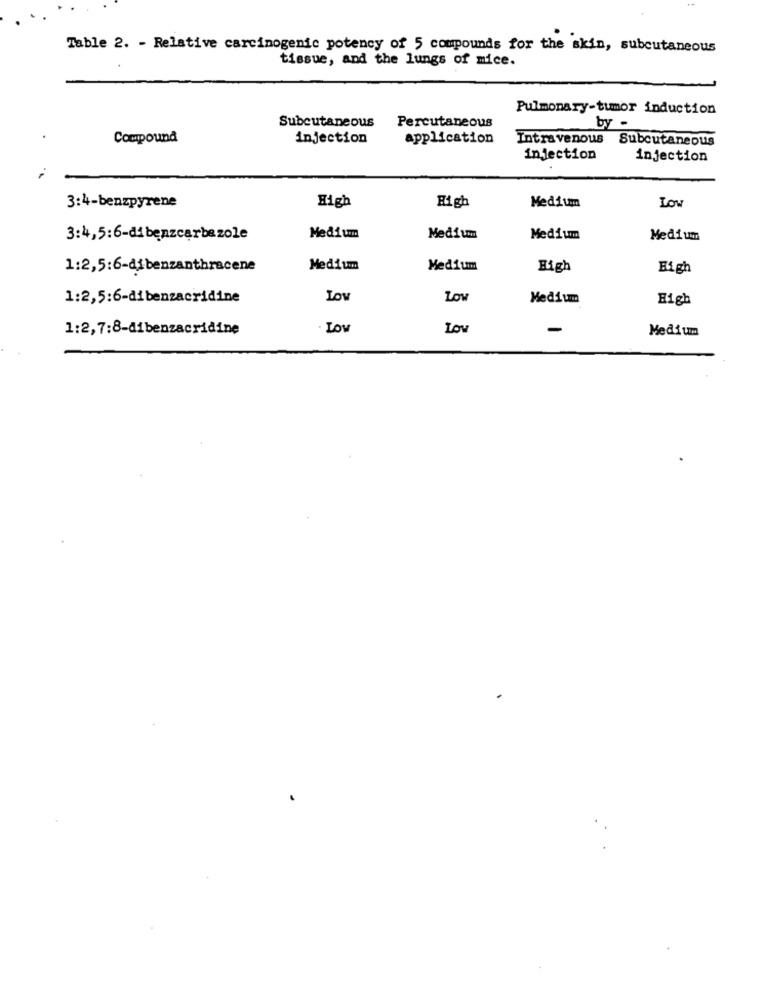
Table 2. - Relative carcinogenic potency of 5 compounds for the skin, subcutaneous
tissue, and the lungs of mice.
Pulmonary-tumor induction
Percutaneous
Subcutaneous
by -
Compound
injection
application
Intravenous Subcutaneous
injection
injection
3:4-benzpyrene
High
High
Medium
Low
3:4,5:6-dibenzcarbazole
Medium
Medium
Medium
Medium
1:2,5:6-dibenzanthracene
Medium
Medium
High
High
1:2,5:6-dibenzacridine
LOV
Low
Medium
High
1:2,7:8-dibenzacridine
. Low
Low
-
Medium